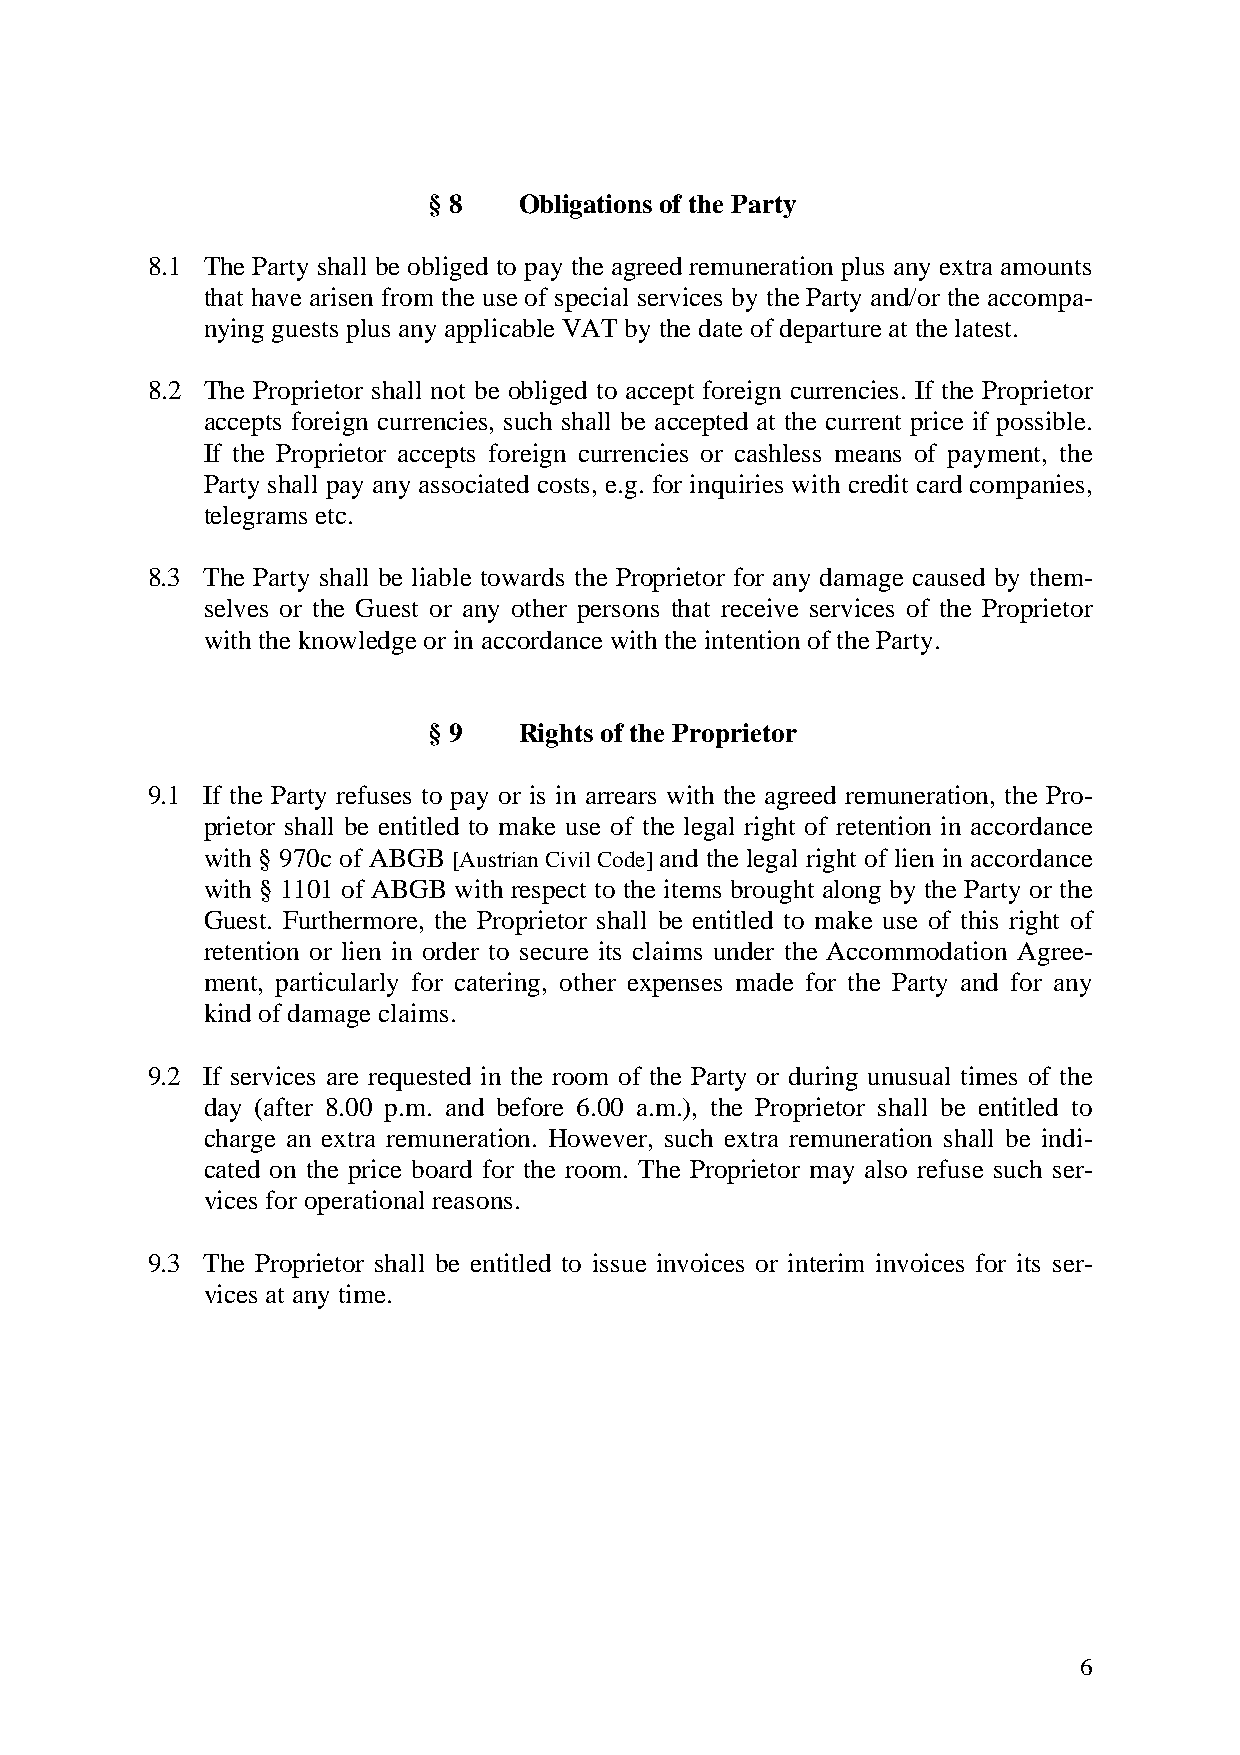
§ 8   Obligations of the Party
 8.1 The Party shall be obliged to pay the agreed remuneration plus any extra amounts
 that have arisen from the use of special services by the Party and/or the accompa-
 nying guests plus any applicable VAT by the date of departure at the latest.
 8.2 The Proprietor shall not be obliged to accept foreign currencies. If the Proprietor
 accepts foreign currencies, such shall be accepted at the current price if possible.
 If the Proprietor accepts foreign currencies or cashless means of payment, the
 Party shall pay any associated costs, e.g. for inquiries with credit card companies,
 telegrams etc.
 8.3 The Party shall be liable towards the Proprietor for any damage caused by them-
 selves or the Guest or any other persons that receive services of the Proprietor
 with the knowledge or in accordance with the intention of the Party.
 § 9   Rights of the Proprietor
 9.1 If the Party refuses to pay or is in arrears with the agreed remuneration, the Pro-
 prietor shall be entitled to make use of the legal right of retention in accordance
 with § 970c of ABGB [Austrian Civil Code] and the legal right of lien in accordance
 with § 1101 of ABGB with respect to the items brought along by the Party or the
 Guest. Furthermore, the Proprietor shall be entitled to make use of this right of
 retention or lien in order to secure its claims under the Accommodation Agree-
 ment, particularly for catering, other expenses made for the Party and for any
 kind of damage claims.
 9.2 If services are requested in the room of the Party or during unusual times of the
 day (after 8.00 p.m. and before 6.00 a.m.), the Proprietor shall be entitled to
 charge an extra remuneration. However, such extra remuneration shall be indi-
 cated on the price board for the room. The Proprietor may also refuse such ser-
 vices for operational reasons.
 9.3 The Proprietor shall be entitled to issue invoices or interim invoices for its ser-
 vices at any time.
 6